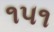
૧૫૧